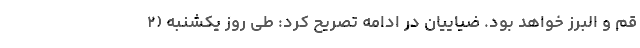
قم و البرز خواهد بود. ضیاییان در ادامه تصریح کرد: طی روز یکشنبه (۲